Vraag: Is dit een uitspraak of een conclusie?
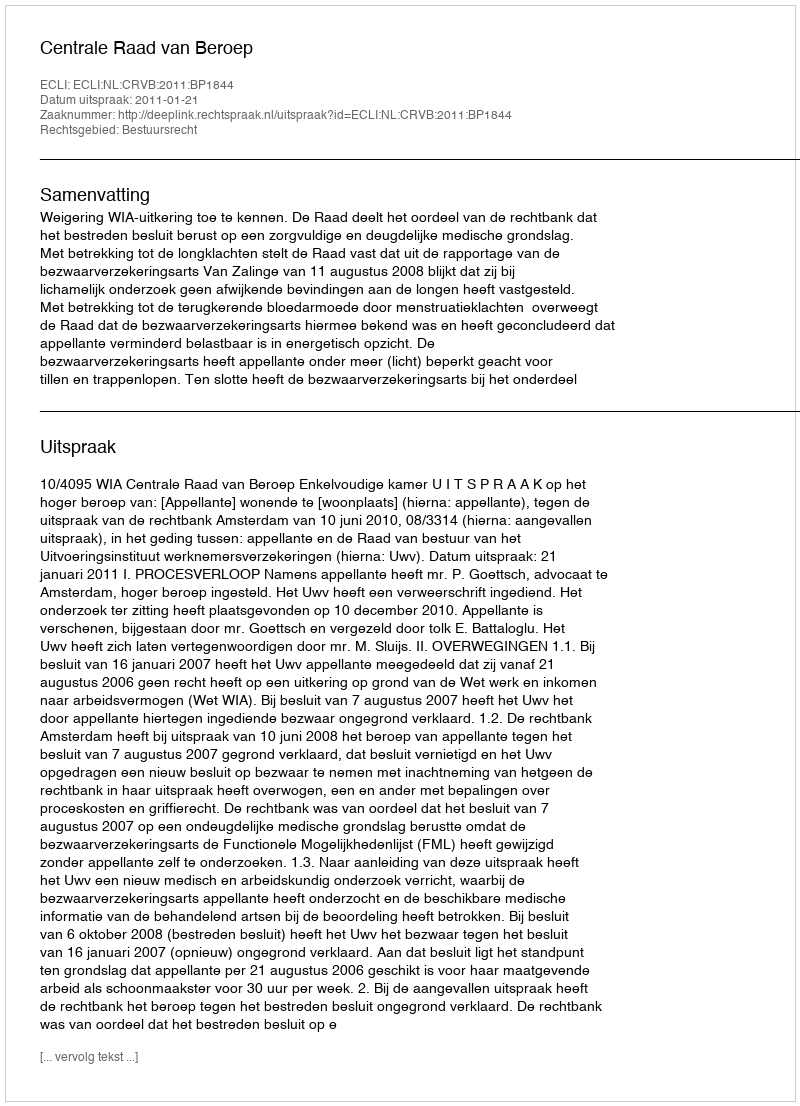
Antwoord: Uitspraak